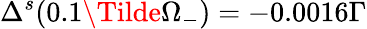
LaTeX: \Delta^{s}(0.1\Tilde{\Omega}_{-})=-0.0016\mathfrak{Γ}